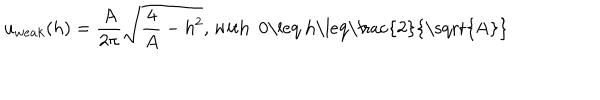
u _ { w e a k } ( h ) = \frac { A } { 2 \pi } \sqrt { \frac { 4 } { A } - h ^ { 2 } } \mathrm { , ~ w i t h ~ 0 \leq ~ h \leq \frac { 2 } { \sqrt { A } } ~ }